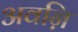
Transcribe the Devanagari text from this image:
अवऩि